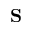
{ \bf S }